Civil Veterinary Department Bengal reports 1933-51 - 1933-1951
Year: 1933
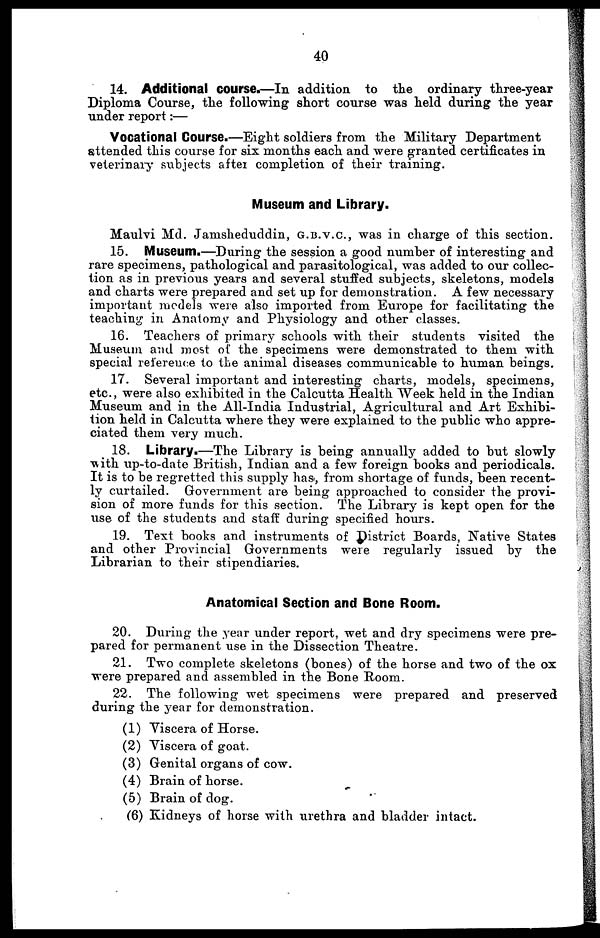
40
14. Additional course.—In addition to the ordinary three-year
Diploma Course, the following short course was held during the year
under report :—
Vocational Course.—Eight soldiers from the Military Department
attended this course for six months each and were granted certificates in
veterinary subjects after completion of their training.
Museum and Library.
Maulvi Md. Jamsheduddin, G.B.V.C., was in charge of this section.
15. Museum.—During the session a good number of interesting and
rare specimens, pathological and parasitological, was added to our collec-
tion as in previous years and several stuffed subjects, skeletons, models
and charts were prepared and set up for demonstration. A few necessary
important models were also imported from Europe for facilitating the
teaching in Anatomy and Physiology and other classes.
16. Teachers of primary schools with their students visited the
Museum and most of the specimens were demonstrated to them with
special reference to the animal diseases communicable to human beings.
17. Several important and interesting charts, models, specimens,
etc., were also exhibited in the Calcutta Health Week held in the Indian
Museum and in the All-India Industrial, Agricultural and Art Exhibi-
tion held in Calcutta where they were explained to the public who appre-
ciated them very much.
18. Library.—The Library is being annually added to but slowly
with up-to-date British, Indian and a few foreign books and periodicals.
It is to be regretted this supply has, from shortage of funds, been recent-
ly curtailed. Government are being approached to consider the provi-
sion of more funds for this section. The Library is kept open for the
use of the students and staff during specified hours.
19. Text books and instruments of District Boards, Native States
and other Provincial Governments were regularly issued by the
Librarian to their stipendiaries.
Anatomical Section and Bone Room.
20. During the year under report, wet and dry specimens were pre-
pared for permanent use in the Dissection Theatre.
21. Two complete skeletons (bones) of the horse and two of the ox
were prepared and assembled in the Bone Room.
22. The following wet specimens were prepared and preserved
during the year for demonstration.
(1) Viscera of Horse.
(2) Viscera of goat.
(3) Genital organs of cow.
(4) Brain of horse.
(5) Brain of dog.
(6) Kidneys of horse with urethra and bladder intact.